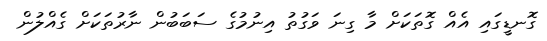
ގޮނޑީގައި އެއް ގޮތަކަށް މާ ގިނަ ވަގުތު އިނުމުގެ ސަބަބުން ނާރުތަކަށް ގެއްލުން